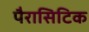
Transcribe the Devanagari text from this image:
पैरासिटिक